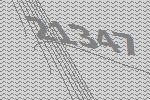
21347